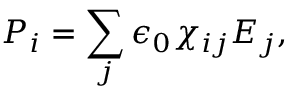
P _ { i } = \sum _ { j } \epsilon _ { 0 } \chi _ { i j } E _ { j } ,